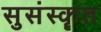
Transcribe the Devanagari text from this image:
सुसंस्कॄत